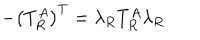
- \left( T _ { R } ^ { A } \right) ^ { T } = \lambda _ { R } T _ { R } ^ { A } \lambda _ { R }